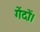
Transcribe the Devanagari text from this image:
गेंदों।